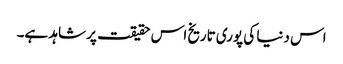
اس دنیا کی پوری تاریخ اس حقیقت پر شاہد ہے۔